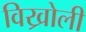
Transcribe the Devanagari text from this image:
विख्रोली